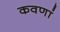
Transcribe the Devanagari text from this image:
कवणां